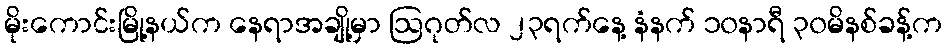
မိုးကောင်းမြို့နယ်က နေရာအချို့မှာ ဩဂုတ်လ ၂၃ရက်နေ့ နံနက် ၁၀နာရီ ၃၀မိနစ်ခန့်က